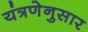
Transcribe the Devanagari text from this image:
यंत्रणेनुसार